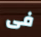
فى